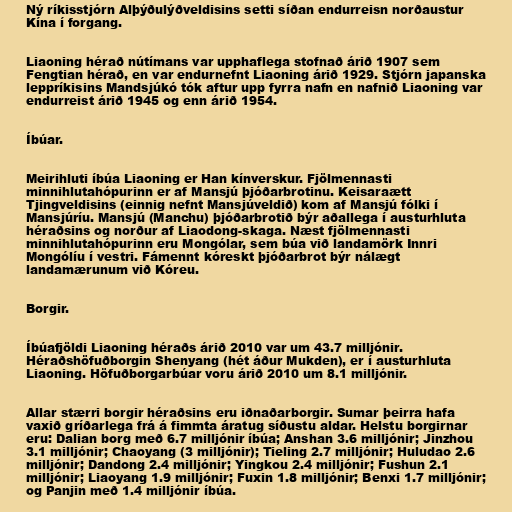
Ný ríkisstjórn Alþýðulýðveldisins setti síðan endurreisn norðaustur
Kína í forgang.

Liaoning hérað nútímans var upphaflega stofnað árið 1907 sem
Fengtian hérað, en var endurnefnt Liaoning árið 1929. Stjórn japanska
leppríkisins Mandsjúkó tók aftur upp fyrra nafn en nafnið Liaoning var
endurreist árið 1945 og enn árið 1954.

Íbúar.

Meirihluti íbúa Liaoning er Han kínverskur. Fjölmennasti
minnihlutahópurinn er af Mansjú þjóðarbrotinu. Keisaraætt
Tjingveldisins (einnig nefnt Mansjúveldið) kom af Mansjú fólki í
Mansjúríu. Mansjú (Manchu) þjóðarbrotið býr aðallega í austurhluta
héraðsins og norður af Liaodong-skaga. Næst fjölmennasti
minnihlutahópurinn eru Mongólar, sem búa við landamörk Innri
Mongólíu í vestri. Fámennt kóreskt þjóðarbrot býr nálægt
landamærunum við Kóreu.

Borgir.

Íbúafjöldi Liaoning héraðs árið 2010 var um 43.7 milljónir.
Héraðshöfuðborgin Shenyang (hét áður Mukden), er í austurhluta
Liaoning. Höfuðborgarbúar voru árið 2010 um 8.1 milljónir.

Allar stærri borgir héraðsins eru iðnaðarborgir. Sumar þeirra hafa
vaxið gríðarlega frá á fimmta áratug síðustu aldar. Helstu borgirnar
eru: Dalian borg með 6.7 milljónir íbúa; Anshan 3.6 milljónir; Jinzhou
3.1 milljónir; Chaoyang (3 milljónir); Tieling 2.7 milljónir; Huludao 2.6
milljónir; Dandong 2.4 milljónir; Yingkou 2.4 milljónir; Fushun 2.1
milljónir; Liaoyang 1.9 milljónir; Fuxin 1.8 milljónir; Benxi 1.7 milljónir;
og Panjin með 1.4 milljónir íbúa.